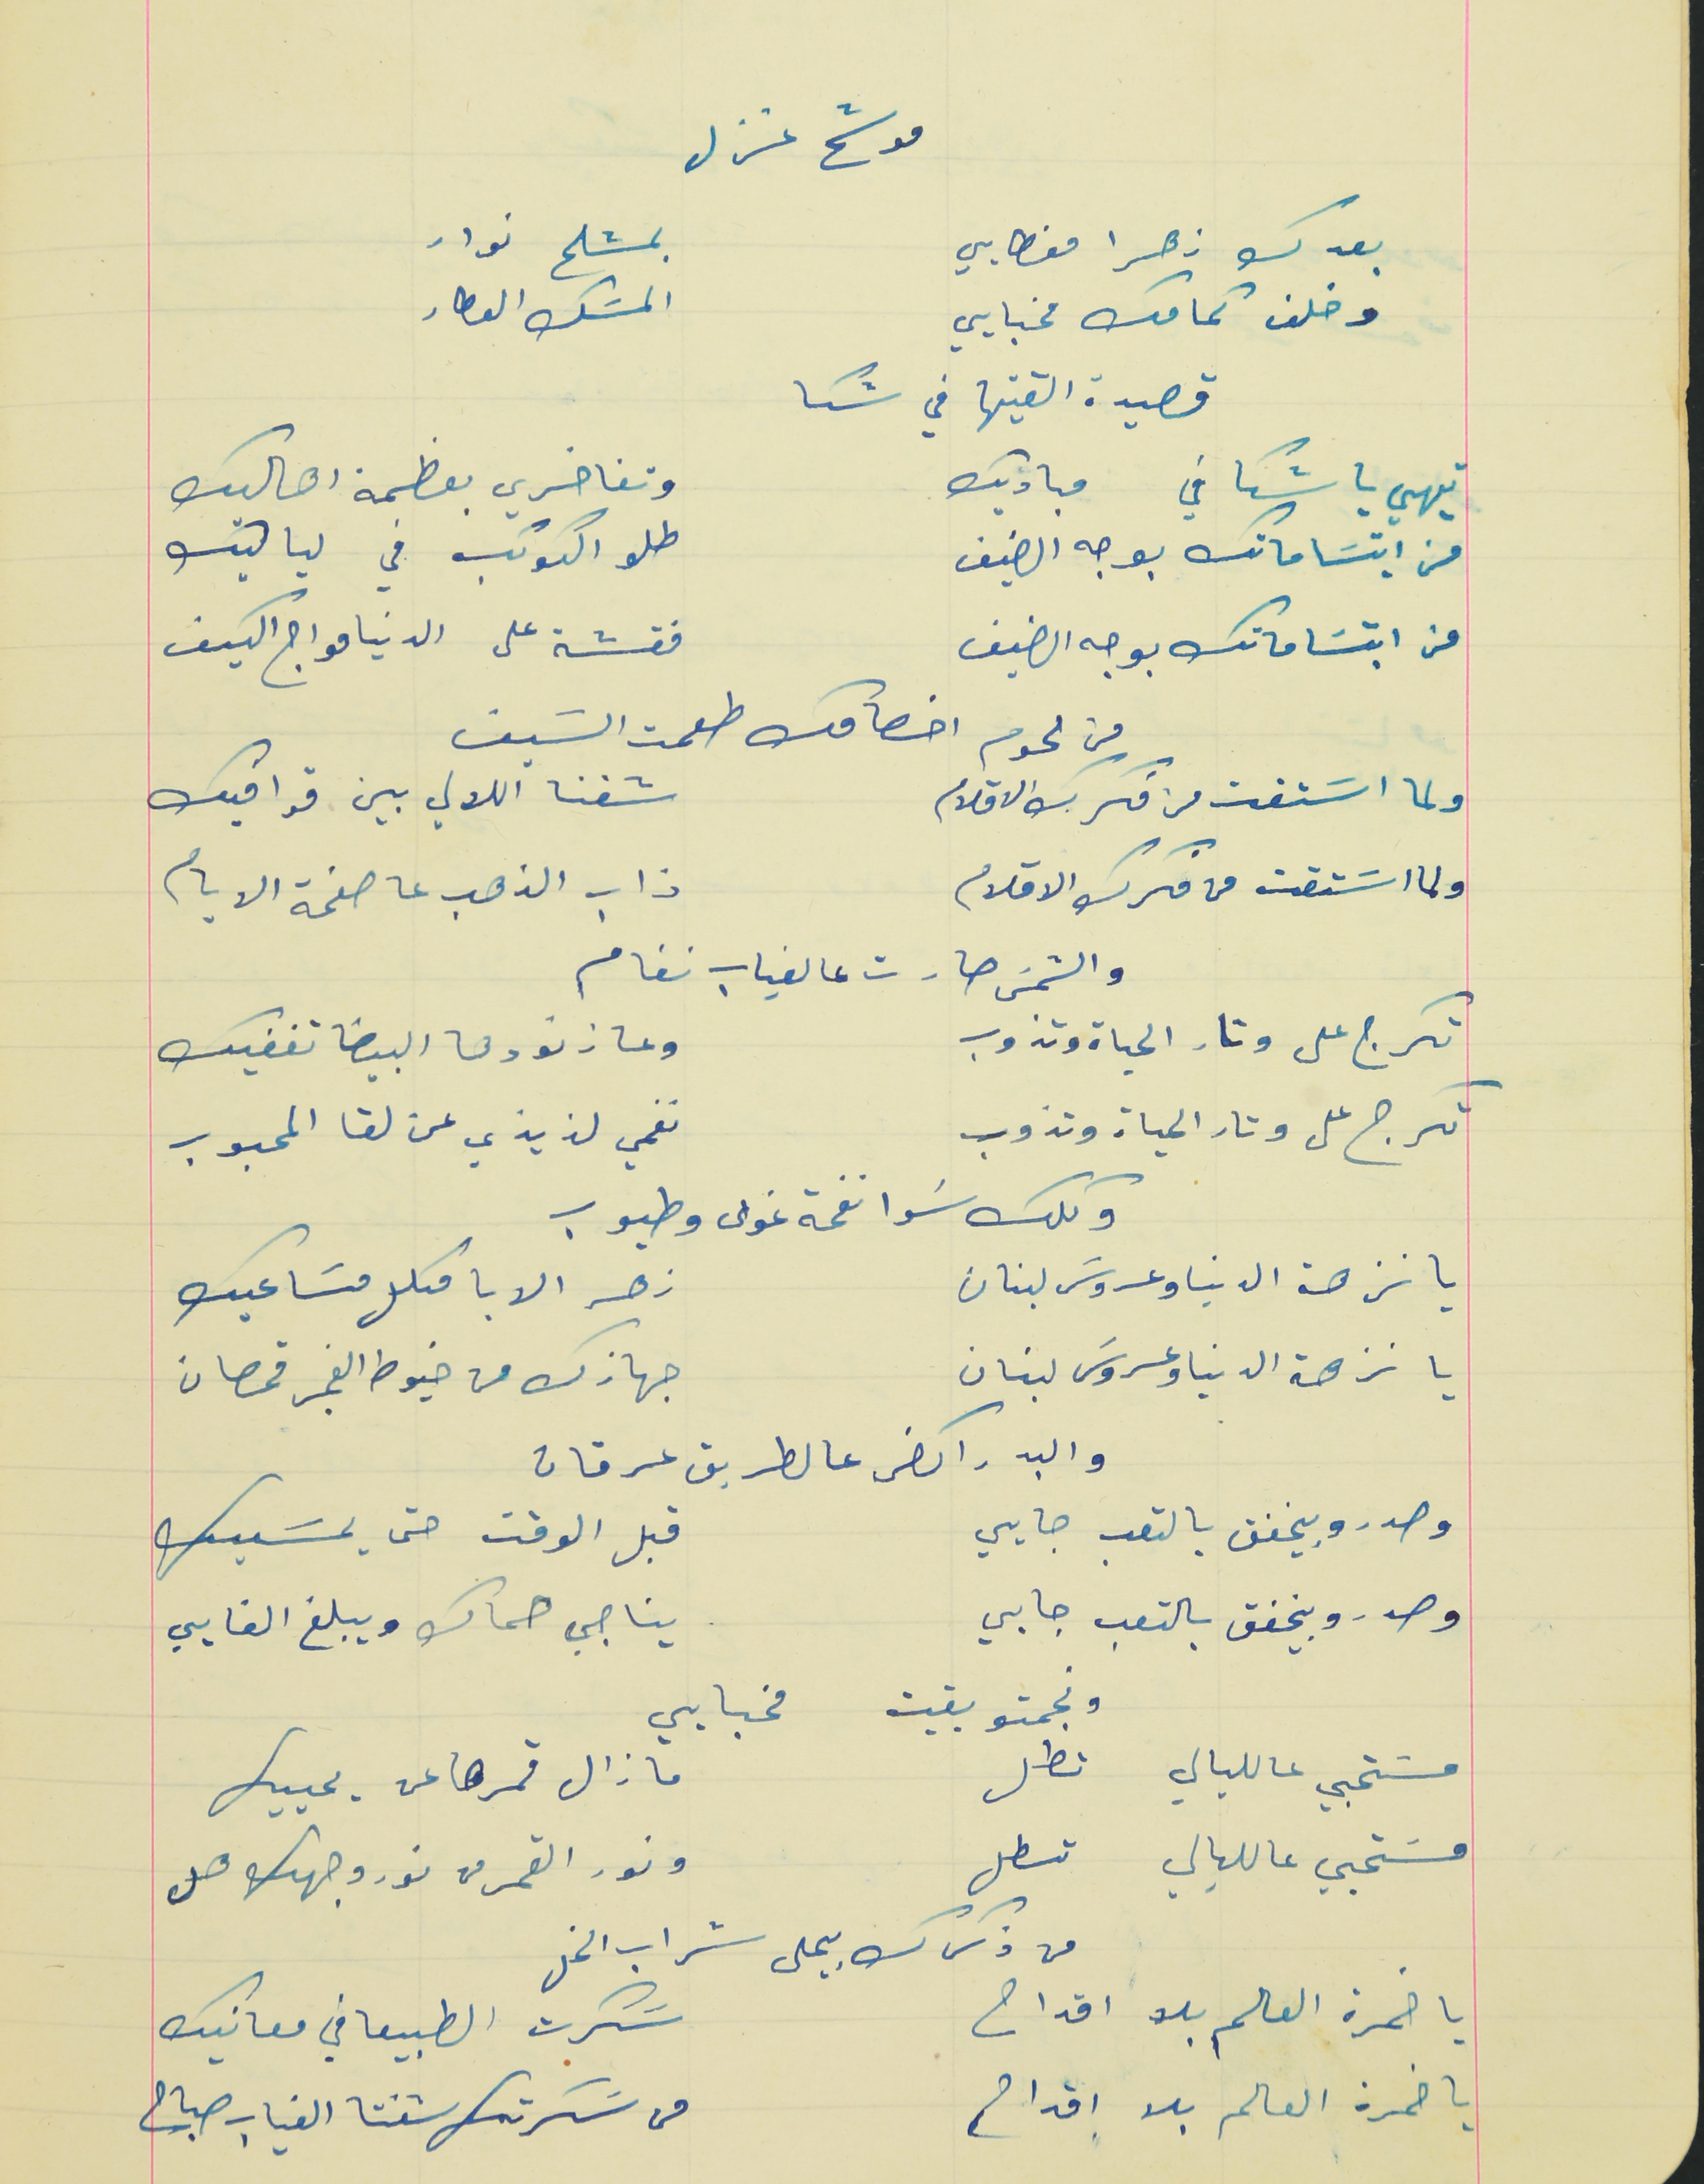
موشح غزل
بعدك زهرا مغطايي                                       بمشلح نوار
 وخلف كمامك مخبايي                                   المسَك العطار
قصيدة القيتها في شكا
تيهي يا شكا في مباديك                                           وتفاخري بعظمة اهاليك
من ابتسَامتك بوجه الضيف                                   طلو الكواكب في لياليك
عن ابتسَاماتك بوجه الضيف                                  فقشة على الدنيا مواج الكيف
 ولما اسَتقت من فكرك الاقلام                                 شفنا اللالي بين قوافيك
ولما اسَتقت من فكرك الاقلام                                   ذاب الذهب عا صفحة الايام
تكرج على وتار الحياة وتذوب                                  وعا زنودها البيضا تغفيك
تكرج على وتار الحياة وتذوب                                  نغمي لذيذي عن لقا المحبوب
 وكلك سَوا نفحة غوى وطيوب
يا نزهة الدنيا وعروسَ لبنان                                    زهر الابا مكلل مسَاعيك
يا نزهة الدنيا وعروسَ لبنان                                     جهازك من خيوط الفجر قمصان
وصدرو بيخفق بالتعب جايي                                  قبل الوقت حتى يمسَيك
وصدرو بيخفق بالتعب جايي                                    يناجي حماك ويبلغ الغايي
مسَتحيي عالليالي تطل                                         ما زال قمرها عن يحييك
 مسَتحيي عالليالي تطل                                          ونور القمر من نور وجهك هل
من لحوم اخصامك طعمت السَيف
والشمسَ صارت عالغياب نغام
من ذكرك بيحلى شراب الخل
يا خمرة العالم بلا اقداح                                         سَكرت الطبيعا في معانيك
يا خمرة العالم بلا اقداح                                          من سَكرتك شفتا الغياب صباح
والبد راكض عالطريق عرقان
ونجمتو بقيت مخبايي